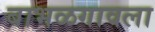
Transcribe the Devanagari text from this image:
बाभळगावला